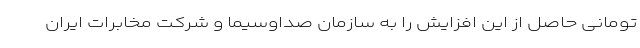
تومانی حاصل از این افزایش را به سازمان صداوسیما و شرکت مخابرات ایران